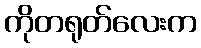
ကိုတရုတ်လေးက